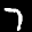
Label: 7